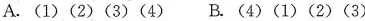
A. (1) (2) (3) (4) B. (4) (1) (2) (3)